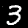
Digit: 3